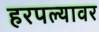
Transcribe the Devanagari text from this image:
हरपल्यावर